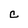
Character: C